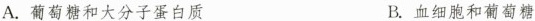
A.葡萄糖和大分子蛋白质 B.血细胞和葡萄糖